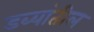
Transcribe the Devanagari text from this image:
डब्यांतील